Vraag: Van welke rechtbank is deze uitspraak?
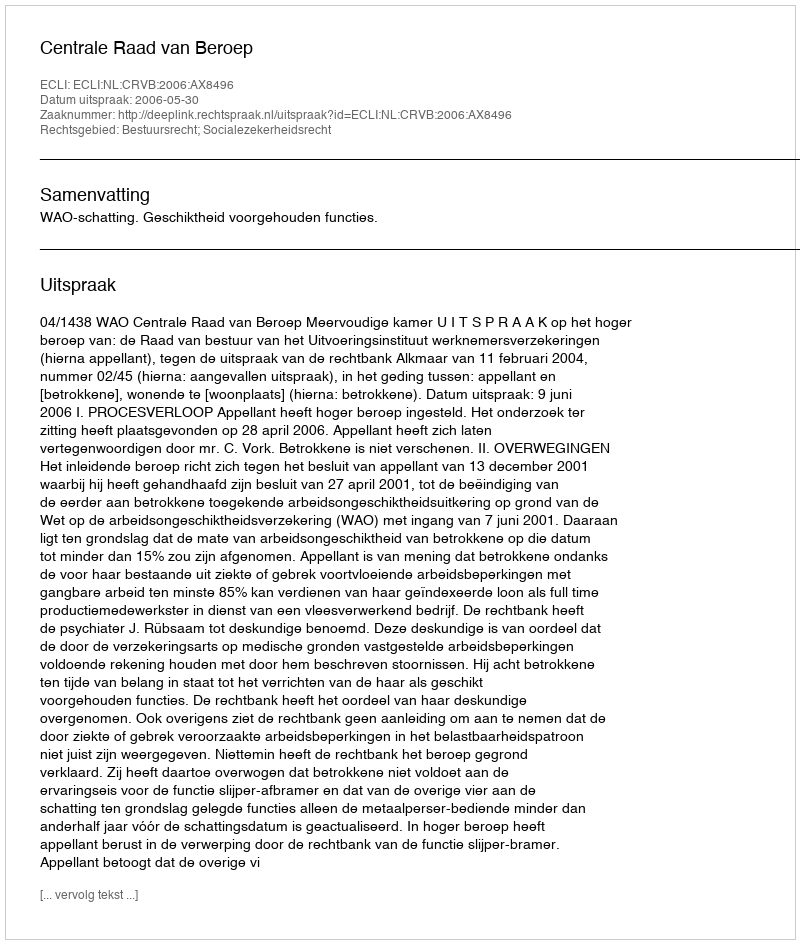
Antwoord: Centrale Raad van Beroep